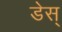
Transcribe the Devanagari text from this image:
डेस्